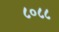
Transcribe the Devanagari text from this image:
८०८८